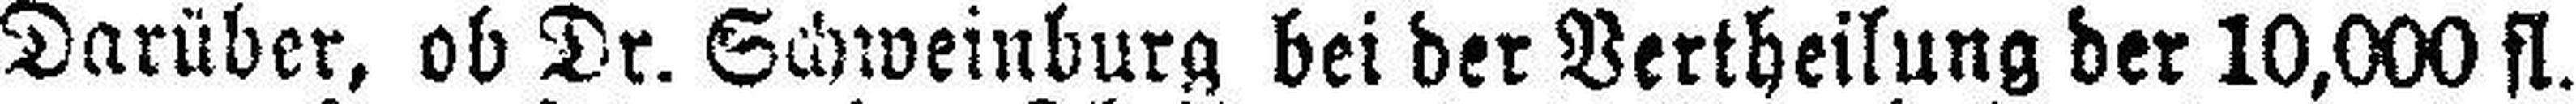
Darüber, ob Dr. Schweinburg bei der Vertheilung der 10,000 fl.